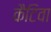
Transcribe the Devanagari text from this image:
कैटिवा